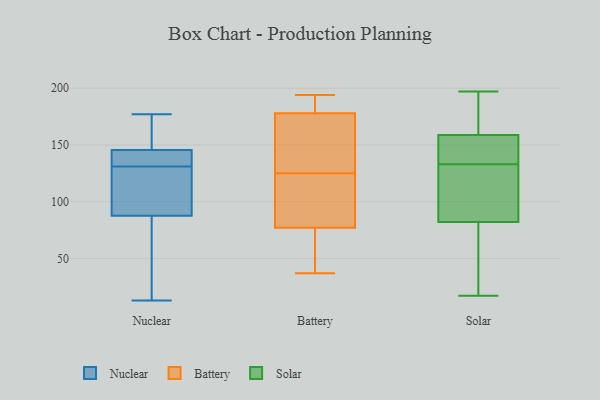
{"axis": {"x": "Production Output", "y": "Value"}, "legend": ["Battery", "Nuclear", "Solar"], "data": [{"x": "", "y": 77, "type": "Nuclear"}, {"x": "", "y": 45, "type": "Nuclear"}, {"x": "", "y": 135, "type": "Nuclear"}, {"x": "", "y": 127, "type": "Nuclear"}, {"x": "", "y": 167, "type": "Nuclear"}, {"x": "", "y": 130, "type": "Nuclear"}, {"x": "", "y": 98, "type": "Nuclear"}, {"x": "", "y": 128, "type": "Nuclear"}, {"x": "", "y": 142, "type": "Nuclear"}, {"x": "", "y": 132, "type": "Nuclear"}, {"x": "", "y": 59, "type": "Nuclear"}, {"x": "", "y": 13, "type": "Nuclear"}, {"x": "", "y": 177, "type": "Nuclear"}, {"x": "", "y": 133, "type": "Nuclear"}, {"x": "", "y": 152, "type": "Nuclear"}, {"x": "", "y": 149, "type": "Nuclear"}, {"x": "", "y": 127, "type": "Battery"}, {"x": "", "y": 123, "type": "Battery"}, {"x": "", "y": 44, "type": "Battery"}, {"x": "", "y": 178, "type": "Battery"}, {"x": "", "y": 114, "type": "Battery"}, {"x": "", "y": 185, "type": "Battery"}, {"x": "", "y": 37, "type": "Battery"}, {"x": "", "y": 77, "type": "Battery"}, {"x": "", "y": 177, "type": "Battery"}, {"x": "", "y": 194, "type": "Battery"}, {"x": "", "y": 17, "type": "Solar"}, {"x": "", "y": 197, "type": "Solar"}, {"x": "", "y": 173, "type": "Solar"}, {"x": "", "y": 195, "type": "Solar"}, {"x": "", "y": 77, "type": "Solar"}, {"x": "", "y": 151, "type": "Solar"}, {"x": "", "y": 155, "type": "Solar"}, {"x": "", "y": 97, "type": "Solar"}, {"x": "", "y": 133, "type": "Solar"}, {"x": "", "y": 119, "type": "Solar"}, {"x": "", "y": 160, "type": "Solar"}, {"x": "", "y": 144, "type": "Solar"}, {"x": "", "y": 61, "type": "Solar"}, {"x": "", "y": 143, "type": "Solar"}, {"x": "", "y": 64, "type": "Solar"}, {"x": "", "y": 160, "type": "Solar"}, {"x": "", "y": 127, "type": "Solar"}, {"x": "", "y": 65, "type": "Solar"}, {"x": "", "y": 97, "type": "Solar"}]}